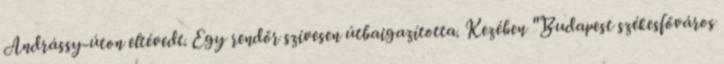
Andrássy-úton eltévedt. Egy rendőr szívesen útbaigazította. Kezében "Budapest székesfőváros